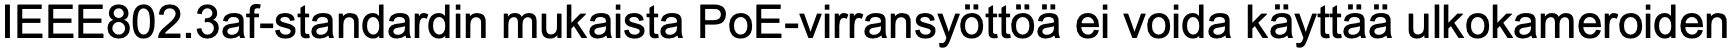
IEEE802.3af-standardin mukaista PoE-virransyöttöä ei voida käyttää ulkokameroiden